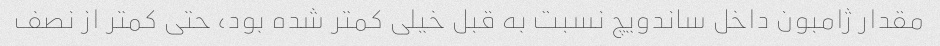
مقدار ژامبون داخل ساندویچ نسبت به قبل خیلی کمتر شده بود، حتی کمتر از نصف